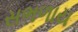
સભળાય